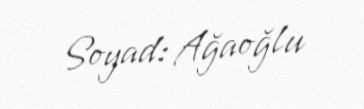
Soyad: Ağaoğlu